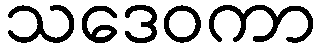
သဒေဝကာ